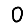
Digit: 0